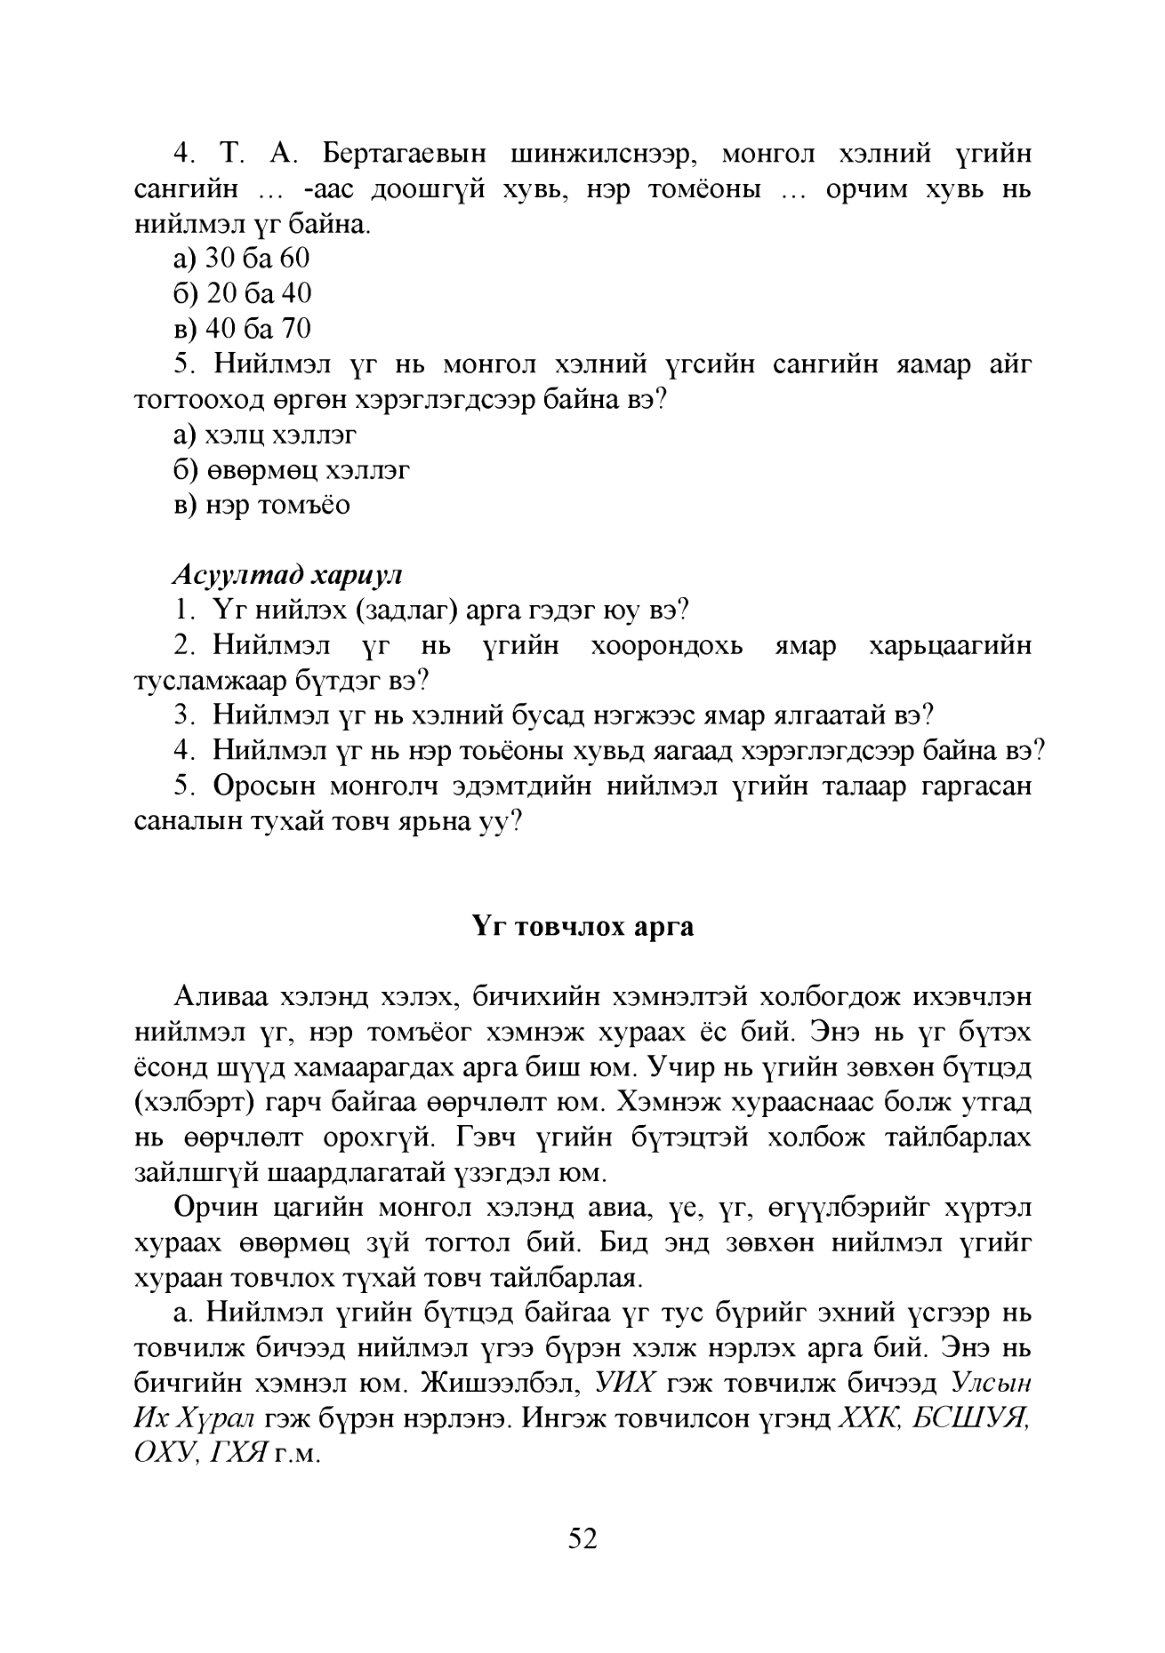
Language: mn